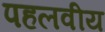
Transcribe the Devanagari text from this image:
पहलवीय